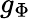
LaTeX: g_{\Phi}